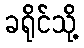
ခရိုင်သို့